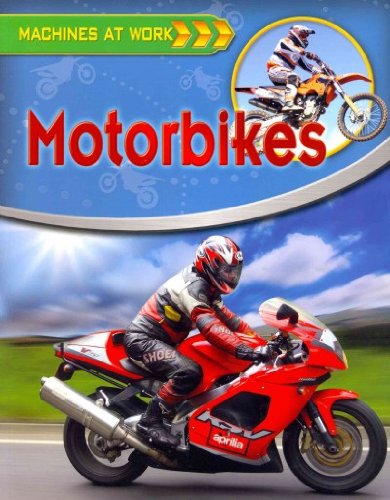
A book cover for Motorbikes (Machines at Work (Crabtree Paperback)); Clive Gifford; Children's Books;